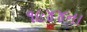
૧૯૪૪ના